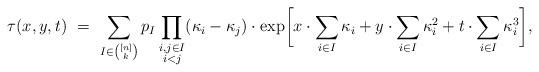
LaTeX: \begin{align*}\tau(x,y,t) \,\,=\,\, \sum_{I\in\binom{[n]}{k}}p_I\prod_{\substack{i,j\in I\\i<j}} (\kappa_i-\kappa_j) \cdot\exp\biggl[ x\cdot\sum_{i\in I}\kappa_i + y\cdot\sum_{i\in I}\kappa_i^2 + t\cdot\sum_{i\in I}\kappa_i^3\biggr],\end{align*}